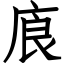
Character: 㢃